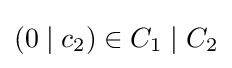
(0\mid c_{2})\in C_{1}\mid C_{2}